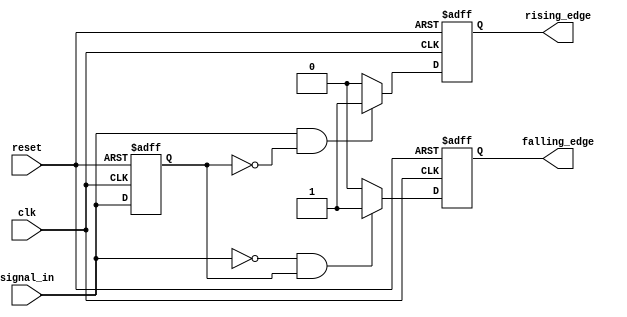
module dual_edge_detector (
    input wire clk,            // Clock signal
    input wire reset,          // Asynchronous reset signal
    input wire signal_in,      // Input signal to detect edges
    output reg rising_edge,    // Output for rising edge detection
    output reg falling_edge     // Output for falling edge detection
);

    // Register to hold the previous state of the input signal
    reg signal_in_prev;

    // Always block triggered on the rising edge of the clock or reset
    always @(posedge clk or posedge reset) begin
        if (reset) begin
            // Reset the previous signal state and outputs
            signal_in_prev <= 1'b0;
            rising_edge <= 1'b0;
            falling_edge <= 1'b0;
        end else begin
            // Detect rising edge
            if (signal_in == 1'b1 && signal_in_prev == 1'b0) begin
                rising_edge <= 1'b1; // Rising edge detected
            end else begin
                rising_edge <= 1'b0; // No rising edge
            end
            
            // Detect falling edge
            if (signal_in == 1'b0 && signal_in_prev == 1'b1) begin
                falling_edge <= 1'b1; // Falling edge detected
            end else begin
                falling_edge <= 1'b0; // No falling edge
            end
            
            // Update previous state
            signal_in_prev <= signal_in;
        end
    end

endmodule